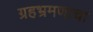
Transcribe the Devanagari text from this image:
ग्रहभ्रमणाचा